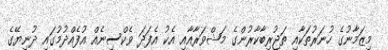
މިޒަމާނުގެ ހުނަރުތަކާއި ތަޖުރިބާކާރުންގެ މަޝްވަރާއާއި އެކު އެފަދަ ވެކްސިނެއް އުފެއްދުމުގައި ދުނިޔޭގެ